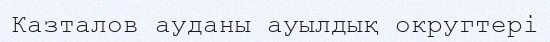
Казталов ауданы ауылдық округтері